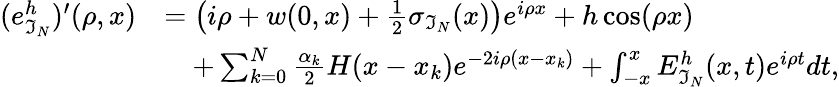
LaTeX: \begin{array}{rl}{(e_{\mathfrak{I}_{N}}^{h})^{\prime}(\rho,x)}&{=\left(i\rho+w(0,x)+\frac{1}{2}\sigma_{\mathfrak{I}_{N}}(x)\right)e^{i\rho x}+h\cos(\rho x)}\\ &{\quad+\sum_{k=0}^{N}\frac{\alpha_{k}}{2}H(x-x_{k})e^{-2i\rho(x-x_{k})}+\int_{-x}^{x}E_{\mathfrak{I}_{N}}^{h}(x,t)e^{i\rho t}dt,}\end{array}